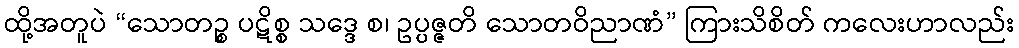
ထို့အတူပဲ “သောတဉ္စ ပဋိစ္စ သဒ္ဒေ စ၊ ဥပ္ပဇ္ဇတိ သောတဝိညာဏံ” ကြားသိစိတ် ကလေးဟာလည်း